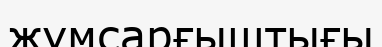
жұмсарғыштығы